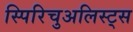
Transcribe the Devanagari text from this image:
स्पिरिचुअलिस्ट्स